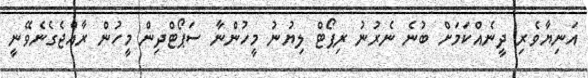
އަނިޔާވެރި ދީނެއްކަމަށް ބުނެ ނެރުނު ރިޕޯޓް ލިޔުނު މީހުންނާ ސަޕޯޓްދިން މީހުން ރާއްޖެގެނެވޭނީ